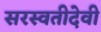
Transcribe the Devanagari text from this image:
सरस्वतीदेवी